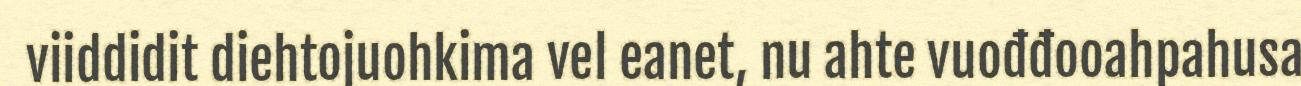
viiddidit diehtojuohkima vel eanet, nu ahte vuođđooahpahusa